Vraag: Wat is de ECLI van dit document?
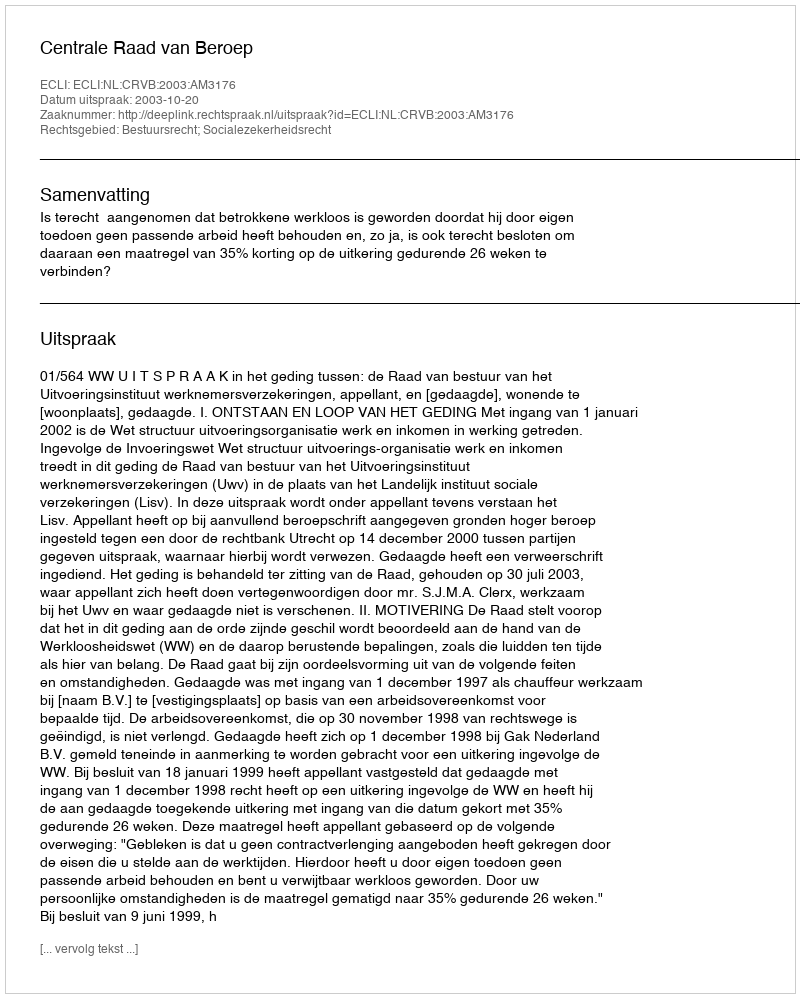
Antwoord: ECLI:NL:CRVB:2003:AM3176